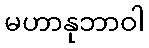
မဟာနုဘာဝါ